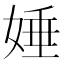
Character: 娷